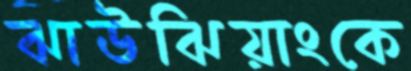
ঝাউঝিয়াংকে